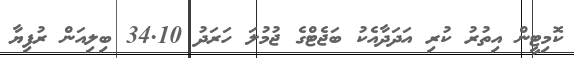
ކޮމިޓީން އިތުރު ކުރި އަދަދާއެކު ބަޖެޓްގެ ޖުމުލަ ހަރަދު 34.10 ބިލިއަން ރުފިޔާ